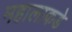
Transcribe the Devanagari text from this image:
महालाकडे